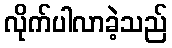
လိုက်ပါလာခဲ့သည်